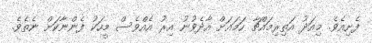
ފެށިއެވެ. މިއަދު އަތިރިމައްޗާ ހަމައަށް އާދެވުނު އިރު އެއްވެސް މީހަކު ފެންނާކަށް ނެތެވެ.